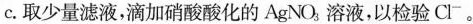
c.取少量滤液，滴加硝酸酸化的AgNO_{3}溶液，以检验Cl^{-}。